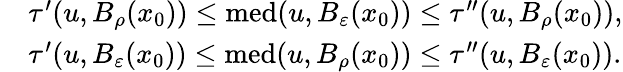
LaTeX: \begin{array}{rl}&{\tau^{\prime}(u,B_{\rho}(x_{0}))\leq\textnormal{med}(u,B_{\varepsilon}(x_{0}))\leq\tau^{\prime\prime}(u,B_{\rho}(x_{0})),}\\ &{\tau^{\prime}(u,B_{\varepsilon}(x_{0}))\leq\textnormal{med}(u,B_{\rho}(x_{0}))\leq\tau^{\prime\prime}(u,B_{\varepsilon}(x_{0})).}\end{array}